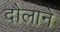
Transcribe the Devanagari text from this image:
दौलाने